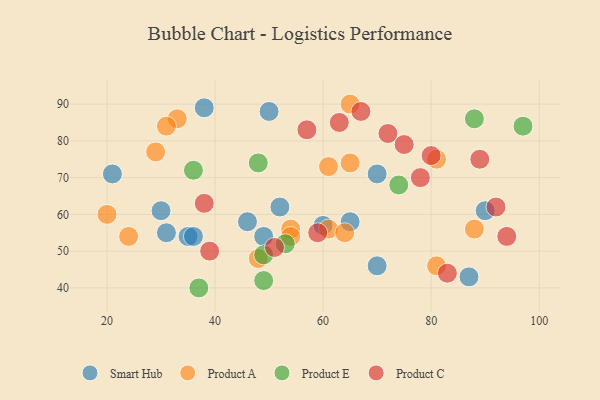
{"axis": {"x": "GDP", "y": "Life Expectancy"}, "legend": ["Product A", "Product C", "Product E", "Smart Hub"], "data": [{"x": "52", "y": 62, "type": "Smart Hub"}, {"x": "21", "y": 71, "type": "Smart Hub"}, {"x": "60", "y": 57, "type": "Smart Hub"}, {"x": "30", "y": 61, "type": "Smart Hub"}, {"x": "87", "y": 43, "type": "Smart Hub"}, {"x": "46", "y": 58, "type": "Smart Hub"}, {"x": "31", "y": 55, "type": "Smart Hub"}, {"x": "90", "y": 61, "type": "Smart Hub"}, {"x": "70", "y": 71, "type": "Smart Hub"}, {"x": "35", "y": 54, "type": "Smart Hub"}, {"x": "36", "y": 54, "type": "Smart Hub"}, {"x": "49", "y": 54, "type": "Smart Hub"}, {"x": "65", "y": 58, "type": "Smart Hub"}, {"x": "50", "y": 88, "type": "Smart Hub"}, {"x": "70", "y": 46, "type": "Smart Hub"}, {"x": "38", "y": 89, "type": "Smart Hub"}, {"x": "54", "y": 56, "type": "Product A"}, {"x": "29", "y": 77, "type": "Product A"}, {"x": "20", "y": 60, "type": "Product A"}, {"x": "81", "y": 75, "type": "Product A"}, {"x": "65", "y": 74, "type": "Product A"}, {"x": "88", "y": 56, "type": "Product A"}, {"x": "65", "y": 90, "type": "Product A"}, {"x": "61", "y": 56, "type": "Product A"}, {"x": "48", "y": 48, "type": "Product A"}, {"x": "33", "y": 86, "type": "Product A"}, {"x": "61", "y": 73, "type": "Product A"}, {"x": "54", "y": 54, "type": "Product A"}, {"x": "64", "y": 55, "type": "Product A"}, {"x": "31", "y": 84, "type": "Product A"}, {"x": "24", "y": 54, "type": "Product A"}, {"x": "81", "y": 46, "type": "Product A"}, {"x": "49", "y": 49, "type": "Product E"}, {"x": "48", "y": 74, "type": "Product E"}, {"x": "97", "y": 84, "type": "Product E"}, {"x": "49", "y": 42, "type": "Product E"}, {"x": "53", "y": 52, "type": "Product E"}, {"x": "74", "y": 68, "type": "Product E"}, {"x": "88", "y": 86, "type": "Product E"}, {"x": "37", "y": 40, "type": "Product E"}, {"x": "36", "y": 72, "type": "Product E"}, {"x": "78", "y": 70, "type": "Product C"}, {"x": "39", "y": 50, "type": "Product C"}, {"x": "67", "y": 88, "type": "Product C"}, {"x": "51", "y": 51, "type": "Product C"}, {"x": "59", "y": 55, "type": "Product C"}, {"x": "38", "y": 63, "type": "Product C"}, {"x": "72", "y": 82, "type": "Product C"}, {"x": "63", "y": 85, "type": "Product C"}, {"x": "94", "y": 54, "type": "Product C"}, {"x": "75", "y": 79, "type": "Product C"}, {"x": "89", "y": 75, "type": "Product C"}, {"x": "83", "y": 44, "type": "Product C"}, {"x": "92", "y": 62, "type": "Product C"}, {"x": "80", "y": 76, "type": "Product C"}, {"x": "57", "y": 83, "type": "Product C"}]}